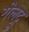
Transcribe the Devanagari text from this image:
गेलट्रू